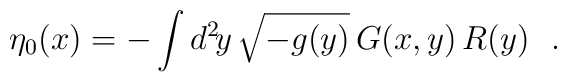
\eta_0(x)=-\int d^2\!y\,\sqrt{-g(y)}\,G(x,y)\,R(y)\ \ .